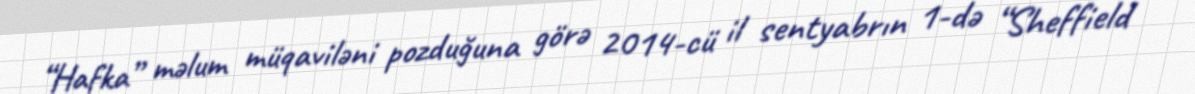
“Hafka” məlum müqaviləni pozduğuna görə 2014-cü il sentyabrın 1-də “Sheffield